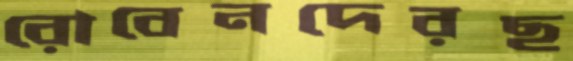
রোবেনদেরছ